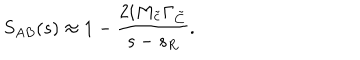
LaTeX: S _ { A B } ( s ) \approx 1 - \frac { 2 i M _ { \tilde { c } } \Gamma _ { \tilde { C } } } { s - s _ { R } } .